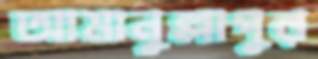
আমানুল্লাপুর